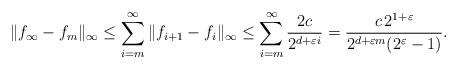
LaTeX: \begin{align*}\|f_\infty-f_m\|_\infty\le \sum_{i=m}^{\infty}\|f_{i+1}-f_i\|_\infty \le \sum_{i=m}^{\infty} \frac{2c}{2^{d+\varepsilon i}}= \frac{c\,2^{1+\varepsilon}}{2^{d+\varepsilon m}(2^\varepsilon-1)}.\end{align*}